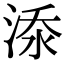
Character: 𣷹